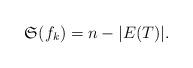
LaTeX: \begin{align*}\mathfrak{S}(f_k)=n-|E(T)|.\end{align*}